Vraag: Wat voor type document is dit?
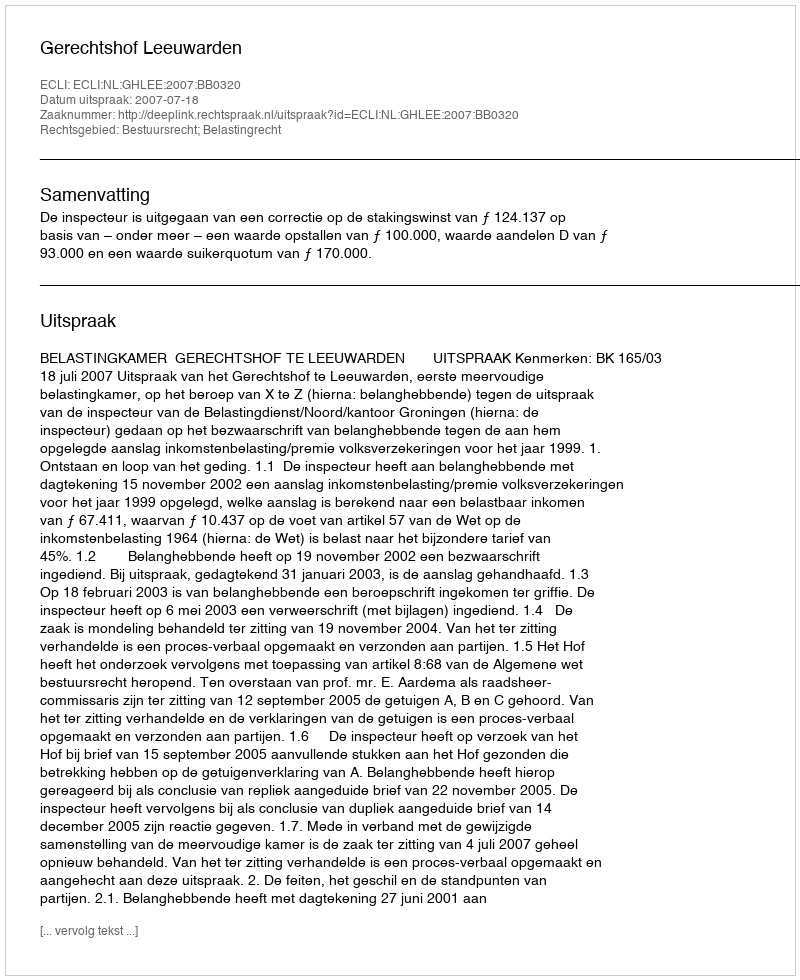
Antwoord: Uitspraak